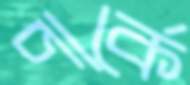
পার্কে